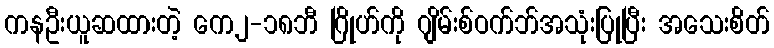
ကနဦးယူဆထားတဲ့ ကေ၂-၁၈ဘီ ဂြိုဟ်ကို ဂျိမ်းစ်ဝက်ဘ်အသုံးပြုပြီး အသေးစိတ်